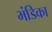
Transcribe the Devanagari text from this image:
भंडिका